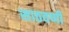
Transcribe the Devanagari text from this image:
साठवणी